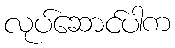
လုပ်ဆောင်ပါက